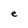
Character: e